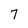
Character: 7